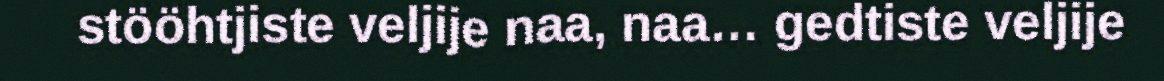
stööhtjiste veljije naa, naa… gedtiste veljije